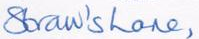
sbraw'shane,